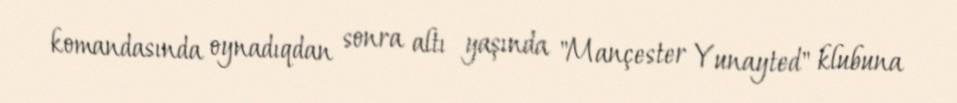
komandasında oynadıqdan sonra altı yaşında "Mançester Yunayted" klubuna